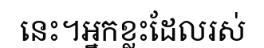
នេះ។អ្នកខ្លះដែលរស់